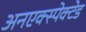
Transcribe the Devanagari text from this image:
अनएक्स्पेक्टेड